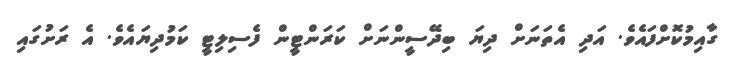
ގާއިމުކޮށްފައެވެ. އަދި އެތަނަށް ދިޔަ ބިދޭސީންނަށް ކަރަންޓީން ފެސިލިޓީ ކަމުދިޔައެވެ. އެ ރަށުގައި